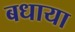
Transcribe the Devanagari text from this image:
बधाया